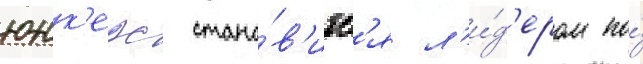
юнк'ерс стано́в'итс'я л'и́д'ером по́